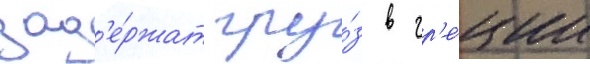
зад'е́ржат гру́з в гр'е́ции